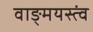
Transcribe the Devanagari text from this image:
वाङ्‌मयस्त्वं